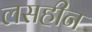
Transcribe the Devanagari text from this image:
लसहीन